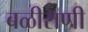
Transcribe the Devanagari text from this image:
बळीराणी